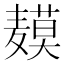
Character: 𬹍